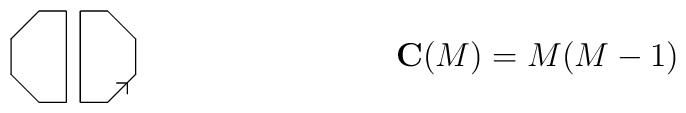
\raisebox{-14pt}{\begin{picture}(46.00,34.00)\put(46.00,24.00){\line(-1,1){10.00}}\put(11.00,34.00){\line(-1,-1){10.00}}\put(1.00,24.00){\line(0,-1){13.00}}\put(1.00,11.00){\line(1,-1){10.00}}\put(36.00,1.00){\line(1,1){10.00}}\put(46.00,11.00){\line(0,1){13.00}}\put(43.00,8.00){\line(-1,0){4.00}}\put(43.00,8.00){\line(0,-1){4.00}}\put(21.00,34.00){\line(0,-1){33.00}}\put(11.00,34.00){\line(1,0){10.00}}\put(11.00,1.00){\line(1,0){10.00}}\put(26.00,34.00){\line(0,-1){33.00}}\put(26.00,34.00){\line(1,0){10.00}}\put(36.00,1.00){\line(-1,0){10.00}}\end{picture}}\qquad\qquad\qquad\qquad\mathbf{C}(M)=M(M-1)\qquad\qquad\qquad\qquad